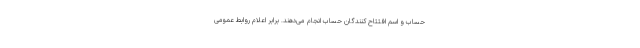
حساب و اسم افتتاح کنندگان حساب انجام می‌دهند. برابر اعلام روابط عمومی